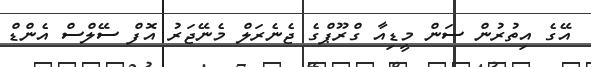
އޭގެ އިތުރުން ސަން މީޑިއާ ގްރޫޕްގެ ޖެނެރަލް މެނޭޖަރު އޮފް ސޭލްސް އެންޑް